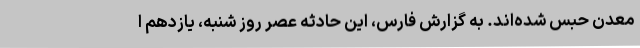
معدن حبس شده‌اند. به گزارش فارس، این حادثه عصر روز شنبه، یازدهم ا